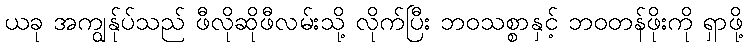
ယခု အကျွန်ုပ်သည် ဖီလိုဆိုဖီလမ်းသို့ လိုက်ပြီး ဘဝသစ္စာနှင့် ဘဝတန်ဖိုးကို ရှာဖို့